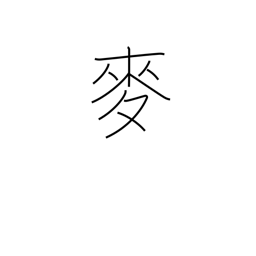
Meaning: wheat